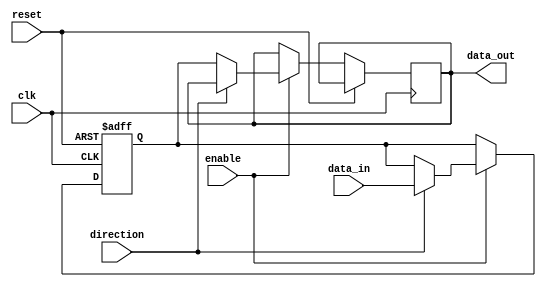
module IOBlocksBusSwitch (
    input wire clk,
    input wire reset,
    input wire enable,
    input wire direction,
    input wire [7:0] data_in,
    output reg [7:0] data_out
);

reg [7:0] buffer;

always @ (posedge clk or posedge reset) begin
    if (reset) begin
        buffer <= 8'b0;
    end else if (enable) begin
        if (direction) begin
            buffer <= data_in;
        end else begin
            data_out <= buffer;
        end
    end
end

endmodule